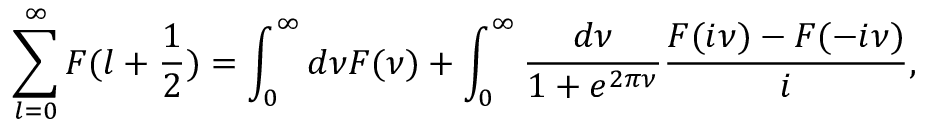
\sum _ { l = 0 } ^ { \infty } F ( l + \frac 1 2 ) = \int _ { 0 } ^ { \infty } d \nu F ( \nu ) + \int _ { 0 } ^ { \infty } \frac { d \nu } { 1 + e ^ { 2 \pi \nu } } \frac { F ( i \nu ) - F ( - i \nu ) } { i } ,